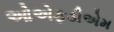
ઓએફડીએમ